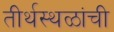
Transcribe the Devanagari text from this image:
तीर्थस्थळांची